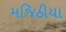
મજિઠીયા